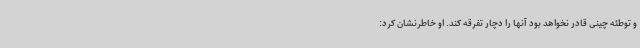
و توطئه چینی قادر نخواهد بود آنها را دچار تفرقه کند. او خاطرنشان کرد: